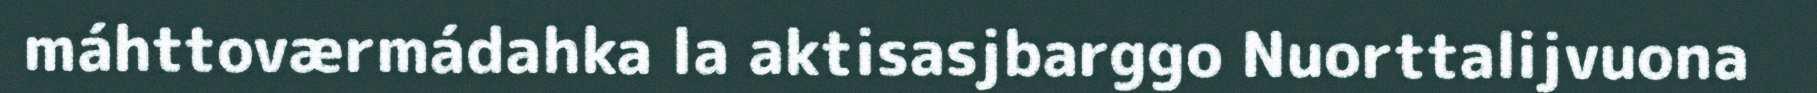
máhttoværmádahka la aktisasjbarggo Nuorttalijvuona